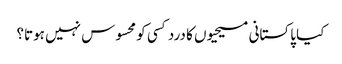
کیا پاکستانی مسیحیوں کا درد کسی کو محسوس نہیں ہوتا؟